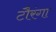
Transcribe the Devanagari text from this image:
टौरंगा